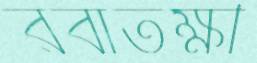
রবাতক্ষী